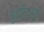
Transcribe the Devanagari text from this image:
युत्रिउस्के